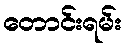
တောင်းရမ်း